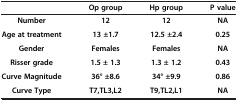
<table><thead><tr><td>[EMPTY_CELL]</td><td><b>Op group</b></td><td><b>Hp group</b></td><td><b>P value</b></td></tr></thead><tbody><tr><td><b>Number</b></td><td><b>12</b></td><td><b>12</b></td><td><b>NA</b></td></tr><tr><td><b>Age at treatment</b></td><td><b>13 ±1.7</b></td><td><b>12.5 ±2.4</b></td><td><b>0.25</b></td></tr><tr><td><b>Gender</b></td><td><b>Females</b></td><td><b>Females</b></td><td><b>NA</b></td></tr><tr><td><b>Risser grade</b></td><td><b>1.5 ± 1.3</b></td><td><b>1.3 ± 1.2</b></td><td><b>0.43</b></td></tr><tr><td><b>Curve Magnitude</b></td><td><b>36° ±8.6</b></td><td><b>34° ±9.9</b></td><td><b>0.86</b></td></tr><tr><td><b>Curve Type</b></td><td><b>T7,TL3,L2</b></td><td><b>T9,TL2,L1</b></td><td><b>NA</b></td></tr></tbody></table>